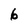
Character: 6